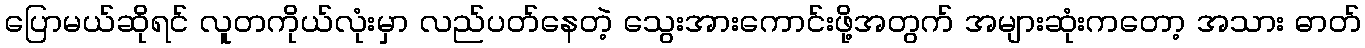
ပြောမယ်ဆိုရင် လူတကိုယ်လုံးမှာ လည်ပတ်နေတဲ့ သွေးအားကောင်းဖို့အတွက် အများဆုံးကတော့ အသား ဓာတ်